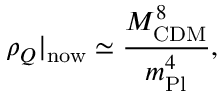
\rho _ { Q } \vert _ { \mathrm { n o w } } \simeq \frac { M _ { \mathrm { C D M } } ^ { 8 } } { m _ { \mathrm { P l } } ^ { 4 } } ,